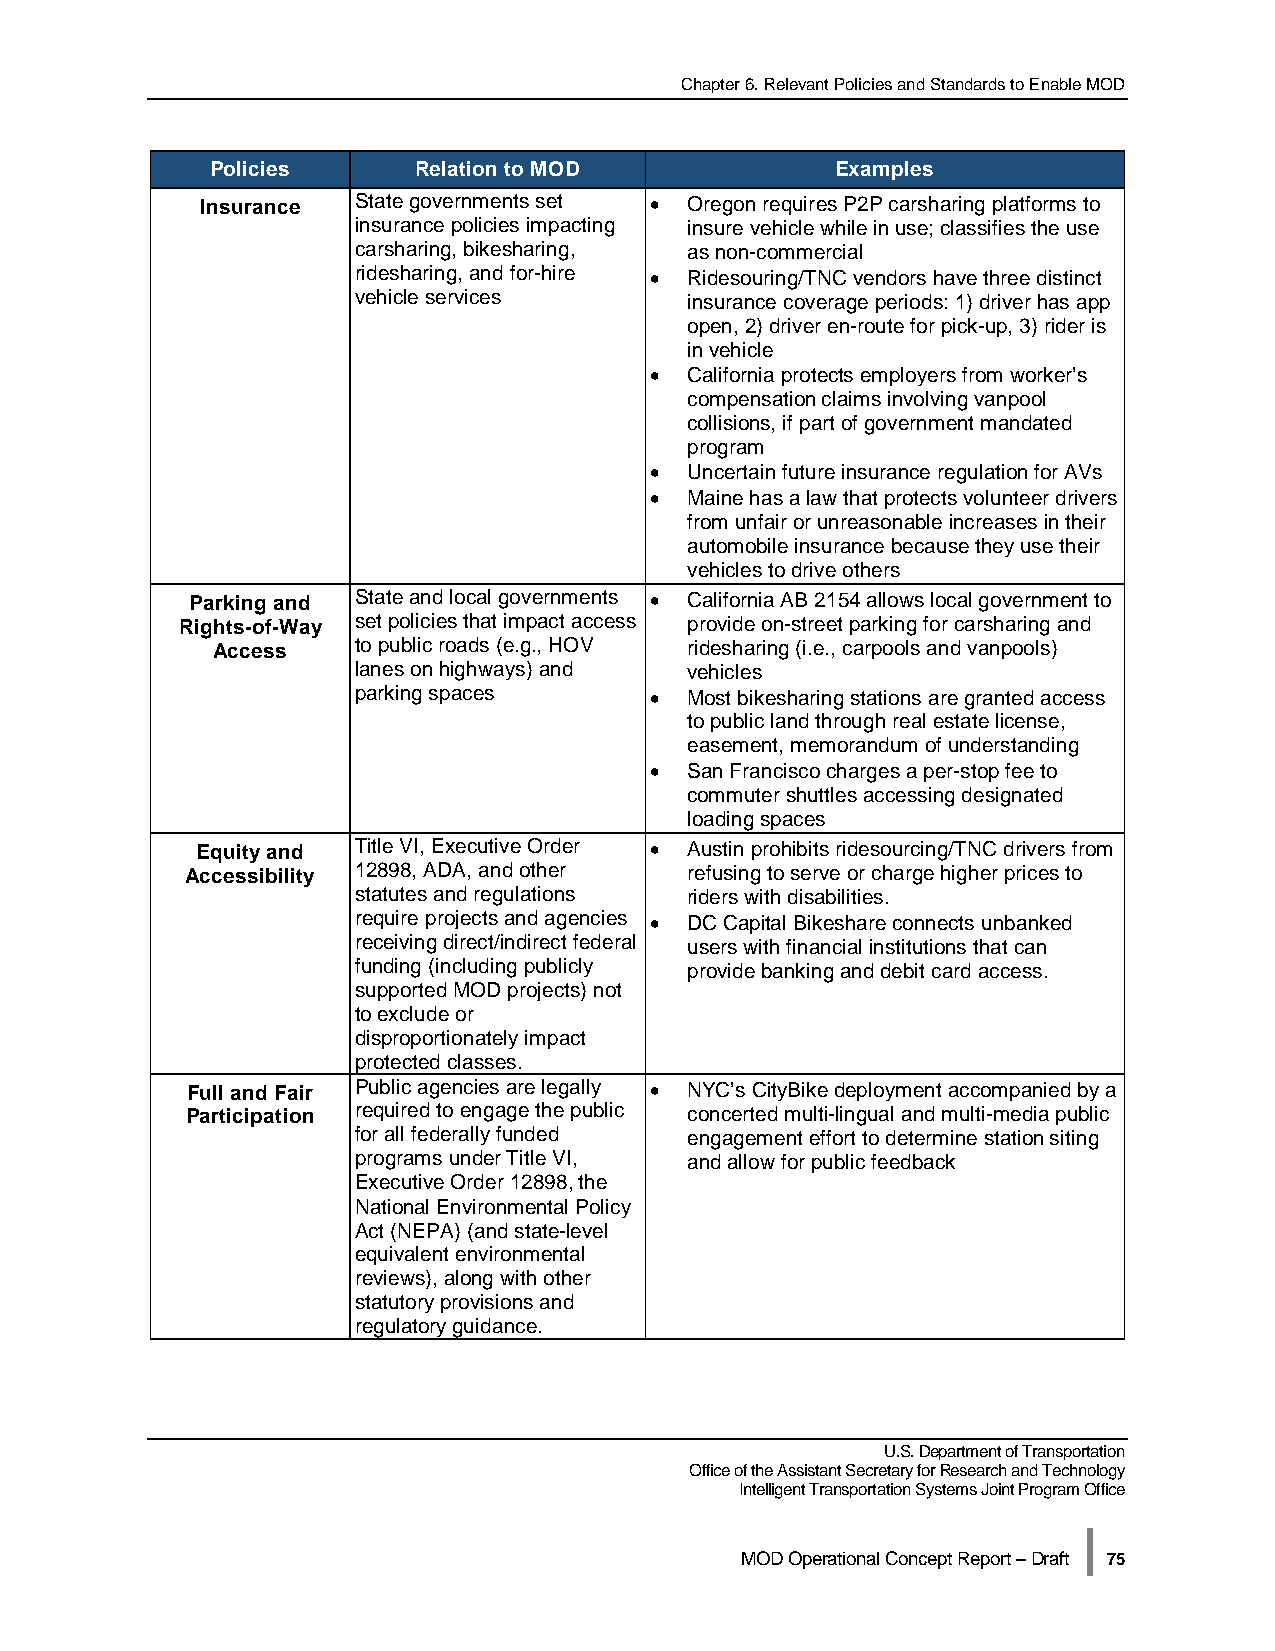
Chapter 6. Relevant Policies and Standards to Enable MOD
 Policies     Relation to MOD             Examples
 Insurance State governments set • Oregon requires P2P carsharing platforms to
 insurance policies impacting insure vehicle while in use; classifies the use
 carsharing, bikesharing, as non-commercial
 ridesharing, and for-hire • Ridesouring/TNC vendors have three distinct
 vehicle services       insurance coverage periods: 1) driver has app
 open, 2) driver en-route for pick-up, 3) rider is
 in vehicle
 •  California protects employers from worker’s
 compensation claims involving vanpool
 collisions, if part of government mandated
 program
 •  Uncertain future insurance regulation for AVs
 •  Maine has a law that protects volunteer drivers
 from unfair or unreasonable increases in their
 automobile insurance because they use their
 vehicles to drive others
 Parking and State and local governments • California AB 2154 allows local government to
 Rights-of-Way set policies that impact access provide on-street parking for carsharing and
 Access   to public roads (e.g., HOV ridesharing (i.e., carpools and vanpools)
 lanes on highways) and vehicles
 parking spaces      •  Most bikesharing stations are granted access
 to public land through real estate license,
 easement, memorandum of understanding
 •  San Francisco charges a per-stop fee to
 commuter shuttles accessing designated
 loading spaces
 Equity and Title VI, Executive Order • Austin prohibits ridesourcing/TNC drivers from
 Accessibility 12898, ADA, and other refusing to serve or charge higher prices to
 statutes and regulations riders with disabilities.
 require projects and agencies • DC Capital Bikeshare connects unbanked
 receiving direct/indirect federal users with financial institutions that can
 funding (including publicly provide banking and debit card access.
 supported MOD projects) not
 to exclude or
 disproportionately impact
 protected classes.
 Full and Fair Public agencies are legally • NYC’s CityBike deployment accompanied by a
 Participation required to engage the public concerted multi-lingual and multi-media public
 for all federally funded engagement effort to determine station siting
 programs under Title VI, and allow for public feedback
 Executive Order 12898, the
 National Environmental Policy
 Act (NEPA) (and state-level
 equivalent environmental
 reviews), along with other
 statutory provisions and
 regulatory guidance.
 U.S. Department of Transportation
 Office of the Assistant Secretary for Research and Technology
 Intelligent Transportation Systems Joint Program Office
 |
 MOD Operational Concept Report – Draft 75